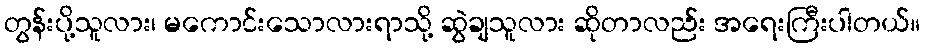
တွန်းပို့သူလား၊ မကောင်းသောလားရာသို့ ဆွဲချသူလား ဆိုတာလည်း အရေးကြီးပါတယ်။